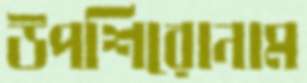
উপশিরোনাম